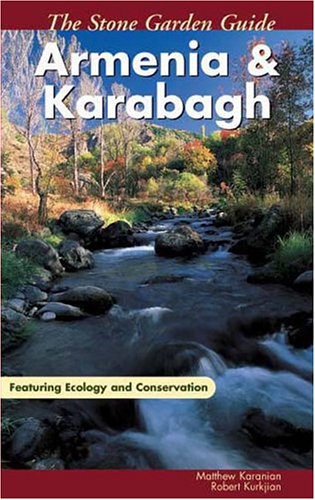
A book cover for The Stone Garden Guide: Armenia and Karabagh; Matthew Karanian; Travel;